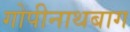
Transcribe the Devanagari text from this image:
गोपीनाथबाग